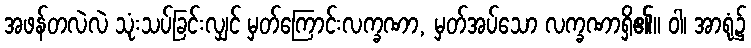
အဖန်တလဲလဲ သုံးသပ်ခြင်းလျှင် မှတ်ကြောင်းလက္ခဏာ, မှတ်အပ်သော လက္ခဏာရှိ၏။ ဝါ၊ အာရုံ၌